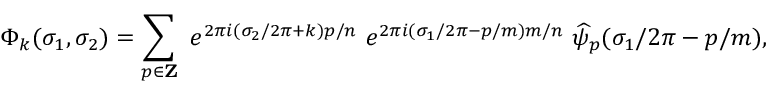
\Phi _ { k } ( \sigma _ { 1 } , \sigma _ { 2 } ) = \sum _ { p \in { \bf Z } } ~ e ^ { 2 \pi i ( \sigma _ { 2 } / 2 \pi + k ) p / n } ~ e ^ { 2 \pi i ( \sigma _ { 1 } / 2 \pi - p / m ) m / n } ~ \widehat { \psi } _ { p } ( \sigma _ { 1 } / 2 \pi - p / m ) ,